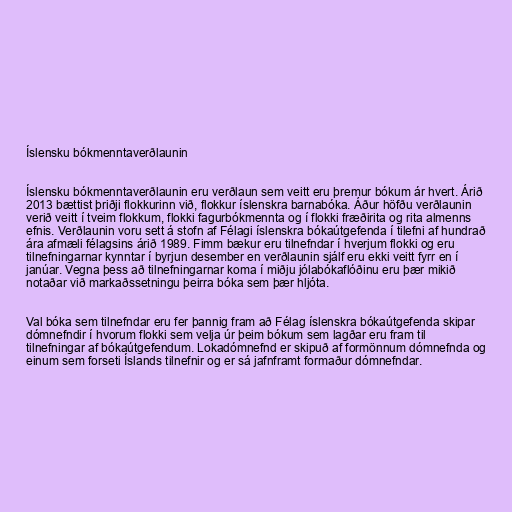
Íslensku bókmenntaverðlaunin

Íslensku bókmenntaverðlaunin eru verðlaun sem veitt eru þremur bókum ár hvert. Árið
2013 bættist þriðji flokkurinn við, flokkur íslenskra barnabóka. Áður höfðu verðlaunin
verið veitt í tveim flokkum, flokki fagurbókmennta og í flokki fræðirita og rita almenns
efnis. Verðlaunin voru sett á stofn af Félagi íslenskra bókaútgefenda í tilefni af hundrað
ára afmæli félagsins árið 1989. Fimm bækur eru tilnefndar í hverjum flokki og eru
tilnefningarnar kynntar í byrjun desember en verðlaunin sjálf eru ekki veitt fyrr en í
janúar. Vegna þess að tilnefningarnar koma í miðju jólabókaflóðinu eru þær mikið
notaðar við markaðssetningu þeirra bóka sem þær hljóta.

Val bóka sem tilnefndar eru fer þannig fram að Félag íslenskra bókaútgefenda skipar
dómnefndir í hvorum flokki sem velja úr þeim bókum sem lagðar eru fram til
tilnefningar af bókaútgefendum. Lokadómnefnd er skipuð af formönnum dómnefnda og
einum sem forseti Íslands tilnefnir og er sá jafnframt formaður dómnefndar.